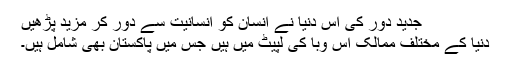
جدید دور کی اس دنیا نے انسان کو انسانیت سے دور کر مزید پڑھیں
دنیا کے مختلف ممالک اس وبا کی لپیٹ میں ہیں جس میں پاکستان بھی شامل ہیں۔